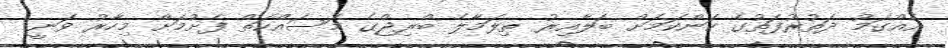
އެއްގަމު ދަތުރުފަތުގެ ކަންކަމަށް ބަލާއިރު ތިލަމާލެ ބްރިޖްގެ މަސައްކަތް ފެށުމަށް މިހާރު ވަނީ